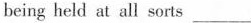
being held at all sorts___